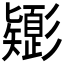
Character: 𢒸